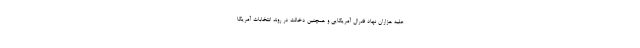
علیه هزاران نهاد فدرال آمریکایی و همچنین دخالت در روند انتخابات آمریکا